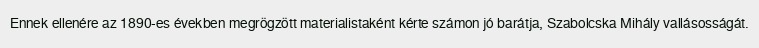
Ennek ellenére az 1890-es években megrögzött materialistaként kérte számon jó barátja, Szabolcska Mihály vallásosságát.